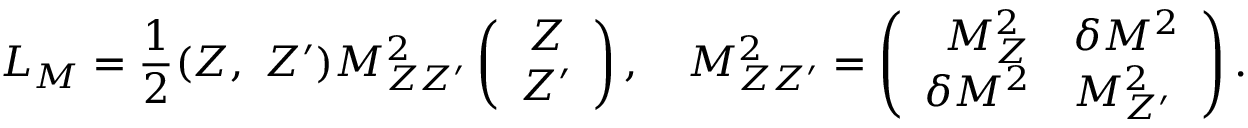
{ \cal L } _ { M } = \frac { 1 } { 2 } ( Z , \ Z ^ { \prime } ) M _ { Z Z ^ { \prime } } ^ { 2 } \left( \begin{array} { c } { { Z } } \\ { { Z ^ { \prime } } } \end{array} \right) , \ \ \ M _ { Z Z ^ { \prime } } ^ { 2 } = \left( \begin{array} { r l } { { M _ { Z } ^ { 2 } } } & { { \delta M ^ { 2 } } } \\ { { \delta M ^ { 2 } } } & { { M _ { Z ^ { \prime } } ^ { 2 } } } \end{array} \right) .